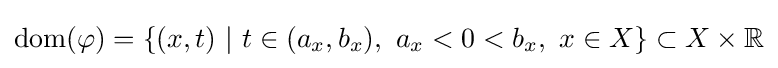
\mathrm {dom} (\varphi )=\{(x,t)\ |\ t\in (a_{x},b_{x}),\ a_{x}<0<b_{x},\ x\in X\}\subset X\times \mathbb {R}